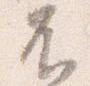
不